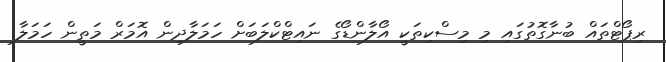
ރިޕޯޓްތައް ބުނާގޮތުގައި މި މިސްކިތަކީ އޯލާންޑޯގެ ނައިޓްކްލަބަށް ހަމަލާދިން އޮމަރް މަތީން ހަމަލާ